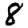
Digit: 8